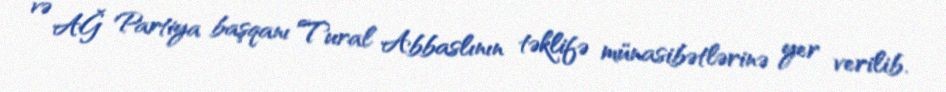
və AĞ Partiya başqanı Tural Abbaslının təklifə münasibətlərinə yer verilib.